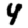
Digit: 4